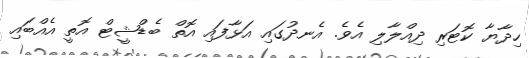
ހިދާޔާ ކޮޓަރި ދިއްލާލި އެވެ. އެނދުގައި އަޅާފައި އޮތް ބެޑްޝީޓް އޮތީ އެއްބައި